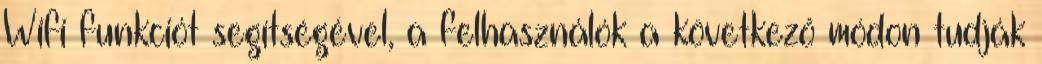
Wifi funkciót segítségével, a felhasználók a következő módon tudják